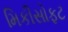
મિકીસોફટ